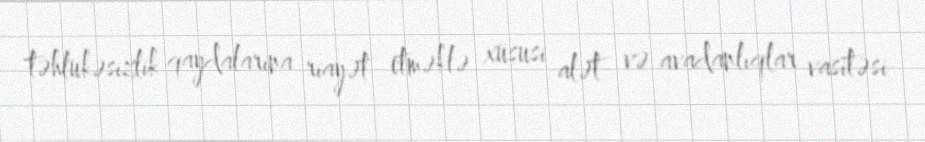
təhlükəsizlik qaydalarına riayət etməklə xüsusi alət və avadanlıqlar vasitəsi